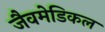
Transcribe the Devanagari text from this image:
जैवमेडिकल